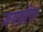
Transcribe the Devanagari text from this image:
जयशील